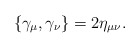
\begin{align*}\{\gamma_{\mu},\gamma_{\nu}\} =2\eta_{\mu\nu}.\end{align*}